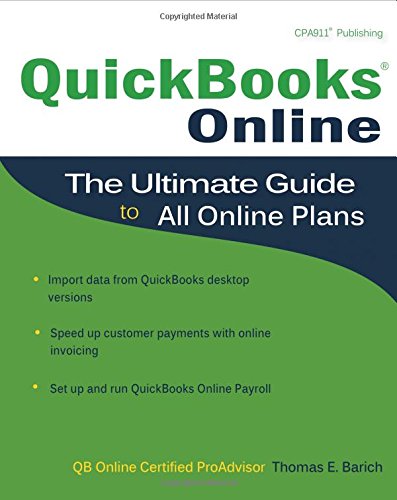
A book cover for QuickBooks Online: The Ultimate Guide to All Online Plans; Thomas E. Barich; Computers & Technology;